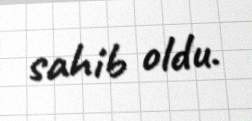
sahib oldu.